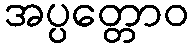
အပ္ပတ္တောဝ